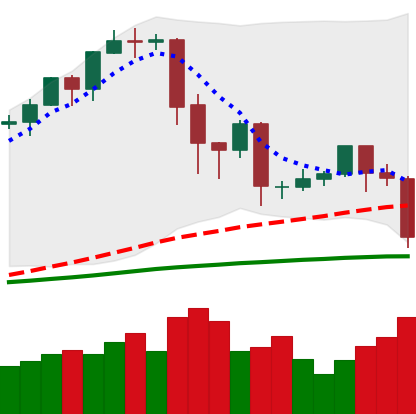
Ticker: EOS-USD
Chart end date: 2020-02-26
Forward return: 3.97%
Label: up_3_5